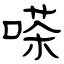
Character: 嗏